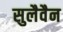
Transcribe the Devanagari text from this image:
सुलैवैन